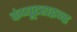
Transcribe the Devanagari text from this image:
कंप्यूटराइज्ड